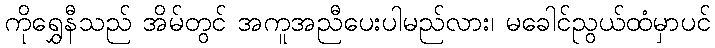
ကိုရွှေနီသည် အိမ်တွင် အကူအညီပေးပါမည်လား၊ မခေါင်ညွယ်ထံမှာပင်